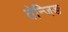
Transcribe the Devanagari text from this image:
तेन्जिङ